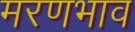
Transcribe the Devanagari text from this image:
मरणभाव